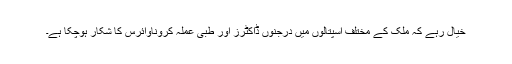
خیال رہے کہ ملک کے مختلف اسپتالوں میں درجنوں ڈاکٹرز اور طبی عملہ کروناوائرس کا شکار ہوچکا ہے۔